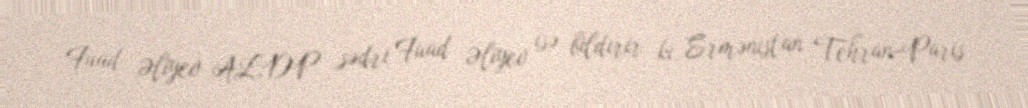
Fuad Əliyev ALDP sədri Fuad Əliyev isə bildirir ki, Ermənistan Tehran-Paris